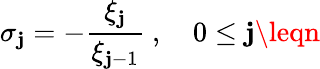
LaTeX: \sigma_{\mathbf{j}}=-\frac{{\xi_{\mathbf{j}}}}{{\xi_{\mathbf{j}-1}}}\ ,\quad0\leq\mathbf{j}\leqn